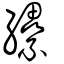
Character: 纝